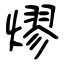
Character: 熮